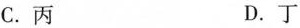
C.丙 D.丁